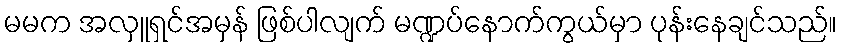
မမက အလှူရှင်အမှန် ဖြစ်ပါလျက် မဏ္ဍပ်နောက်ကွယ်မှာ ပုန်းနေချင်သည်။